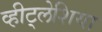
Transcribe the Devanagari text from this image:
व्हीट्लेशिया